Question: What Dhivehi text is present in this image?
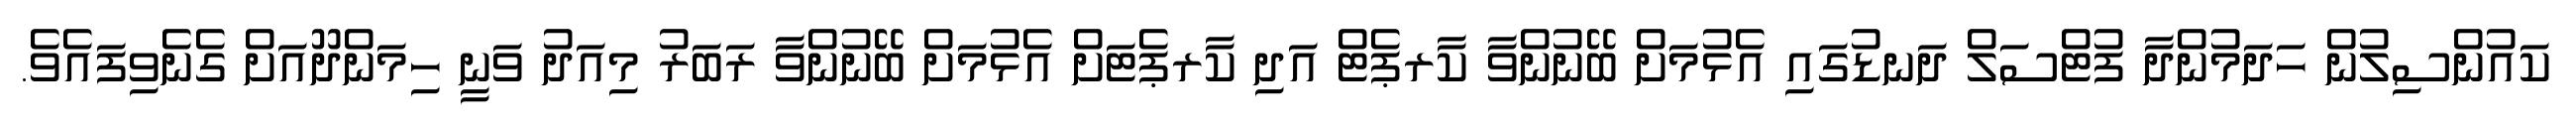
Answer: ކައުންސިލުން ހަދަމުންދާ ފުޓްސަލް ދަނޑުގައި އެޅުމަށް ބޭނުންވާ ކާރޕެޓް އަދި ކާރޕެޓަށް އެޅުމަށް ބޭނުންވާ ރަބަރު މިއަދު ވަނީ ހިމަންދޫއަށް ގެނެވިފައެވެ.